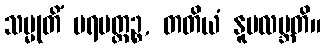
သမ္မုတိံ ပရမတ္ထဉ္စ, တတိယံ နူပလဗ္ဘတိ။